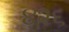
૪૨૬